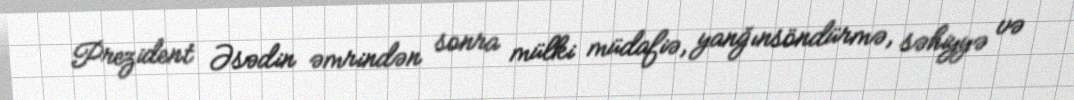
Prezident Əsədin əmrindən sonra mülki müdafiə, yanğınsöndürmə, səhiyyə və